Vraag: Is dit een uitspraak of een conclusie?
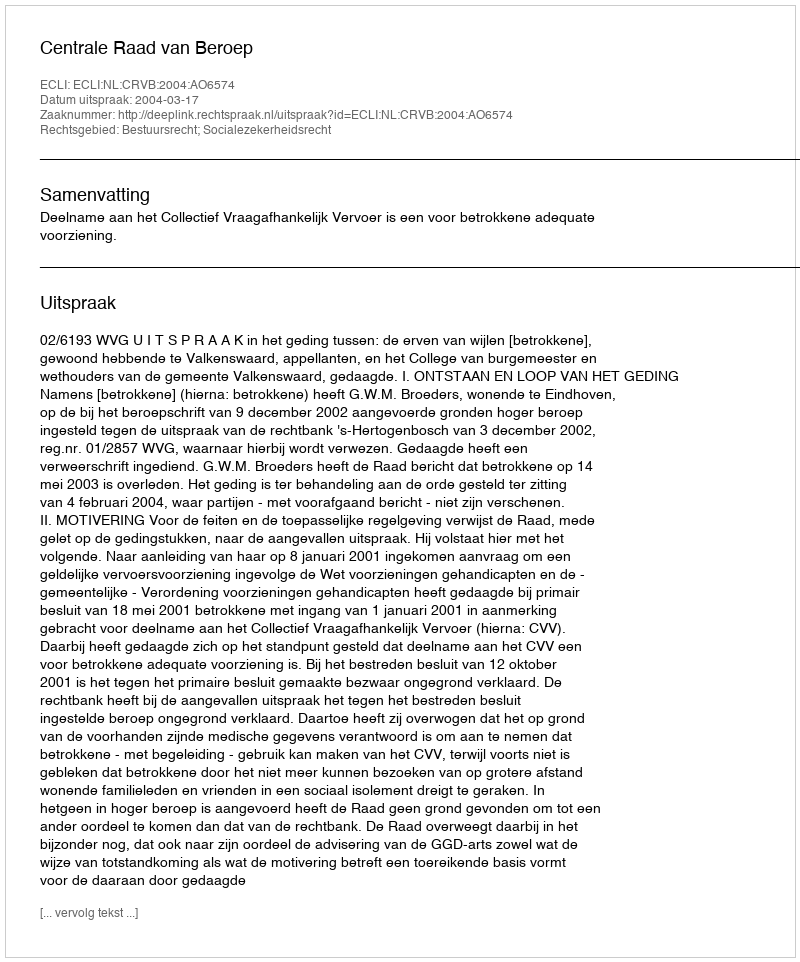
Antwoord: Uitspraak